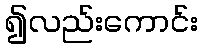
၍လည်းကောင်း